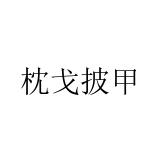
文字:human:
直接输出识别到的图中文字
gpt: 枕戈披甲